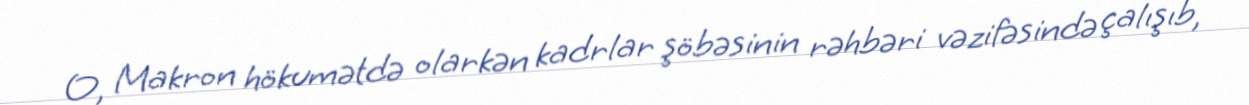
O, Makron hökumətdə olarkən kadrlar şöbəsinin rəhbəri vəzifəsində çalışıb,